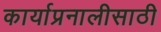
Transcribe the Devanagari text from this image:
कार्याप्रनालीसाठी